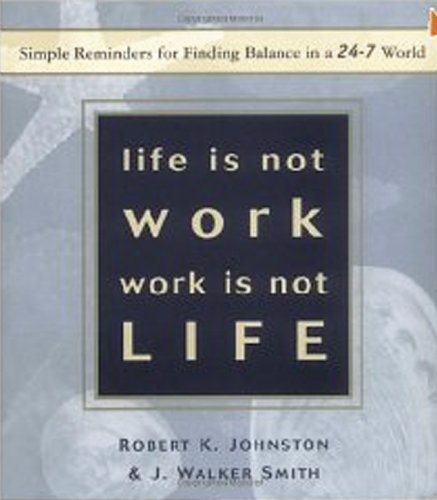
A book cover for Life Is Not Work, Work Is Not Life: Simple Reminders for Finding Balance in a 24/7 World; J. Walker Smith; Business & Money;